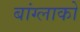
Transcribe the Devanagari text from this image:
बांग्लाको